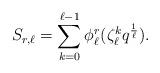
LaTeX: \begin{align*}S_{r,\ell}=\sum_{k=0}^{\ell-1}\phi_{\ell}^r(\zeta_{\ell}^kq^{\frac{1}{\ell}}).\end{align*}